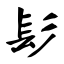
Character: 髟